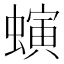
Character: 螾